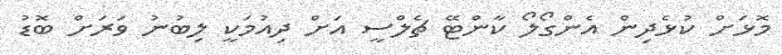
މޮޅަށް ކުޅެދިން އެންގޯލޯ ކާންޓޭ ޗެލްސީ އަށް ދިއުމަކީ ލިބުނު ވަރަށް ބޮޑު